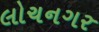
લોચનગર